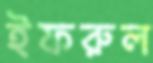
ইফরুল